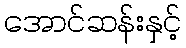
အောင်ဆန်းနှင့်